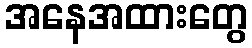
အနေအထားတွေ